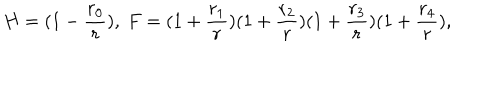
LaTeX: H = ( 1 - \frac { r _ { 0 } } { r } ) , \ F = ( 1 + \frac { r _ { 1 } } { r } ) ( 1 + \frac { r _ { 2 } } { r } ) ( 1 + \frac { r _ { 3 } } { r } ) ( 1 + \frac { r _ { 4 } } { r } ) ,